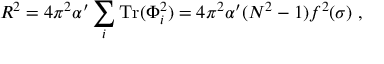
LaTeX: R ^ { 2 } = { 4 \pi ^ { 2 } \alpha ^ { \prime } } \sum _ { i } \mathrm { T r } ( \Phi _ { i } ^ { 2 } ) = { 4 \pi ^ { 2 } \alpha ^ { \prime } } ( N ^ { 2 } - 1 ) f ^ { 2 } ( \sigma ) \ ,